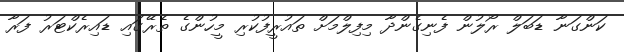
ކަންގަނާ ޑަބަލް ރޯލުން ފެނިގެންދާ މިފިލްމަށް ތައުރީފުކުރި މީހުންގެ ތެރޭގައި ޑައިރެކްޓަރު ފަރާ